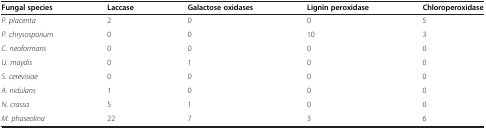
| Fungal species | Laccase | Galactose oxidases | Lignin peroxidase | Chloroperoxidase |
 | --- | --- | --- | --- | --- |
 | P. placenta | 2 | 0 | 0 | 5 |
 | P. chrysosporium | 0 | 0 | 10 | 3 |
 | C. neoformans | 0 | 0 | 0 | 0 |
 | U. maydis | 0 | 1 | 0 | 0 |
 | S. cerevisiae | 0 | 0 | 0 | 0 |
 | A. nidulans | 1 | 0 | 0 | 0 |
 | N. crassa | 5 | 1 | 0 | 0 |
 | M. phaseolina | 22 | 7 | 3 | 6 |